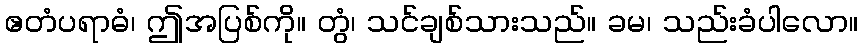
ဧတံပရာဓံ၊ ဤအပြစ်ကို။ တွံ၊ သင်ချစ်သားသည်။ ခမ၊ သည်းခံပါလော။